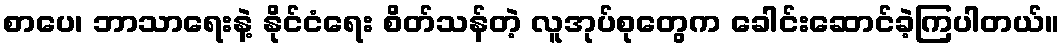
စာပေ၊ ဘာသာရေးနဲ့ နိုင်ငံရေး စိတ်သန်တဲ့ လူအုပ်စုတွေက ခေါင်းဆောင်ခဲ့ကြပါတယ်။